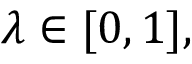
\lambda \in [ 0 , 1 ] ,